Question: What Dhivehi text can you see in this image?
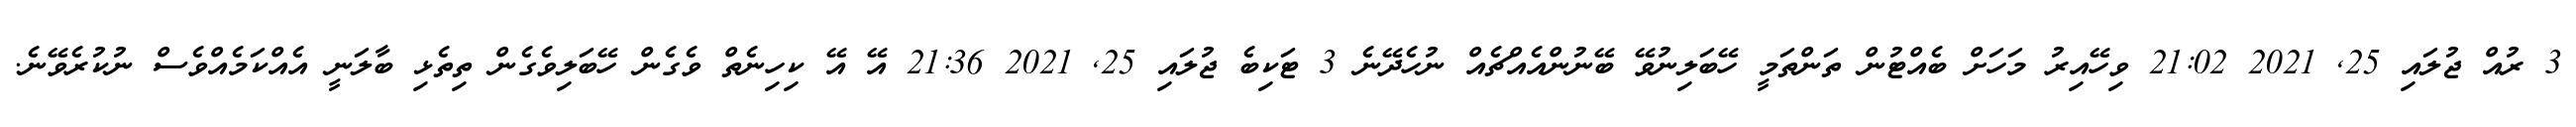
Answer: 3 ރުއް ޖުލައި 25, 2021 21:02 ވިހޭއިރު މަހަށް ބެއްޓުން ތަންތަމީ ހޭބަލިނުވޭ ބޭނުންއެއްޗެއް ނުހެދޭނެ 3 ޓަކިބެ ޖުލައި 25, 2021 21:36 އޭ އޭ ކިހިނެތް ވެގެން ހޭބަލިވެގެން ތިތެޅި ބާލަނީ އެއްކަމެއްވެސް ނުކުރެވޭނެ.